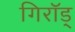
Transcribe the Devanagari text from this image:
गिरॉड्